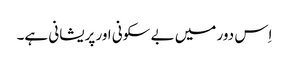
اِس دور میں بے سکونی اور پریشانی ہے۔